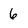
Character: 6